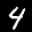
Digit: 4